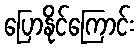
ပြောနိုင်ကြောင်း